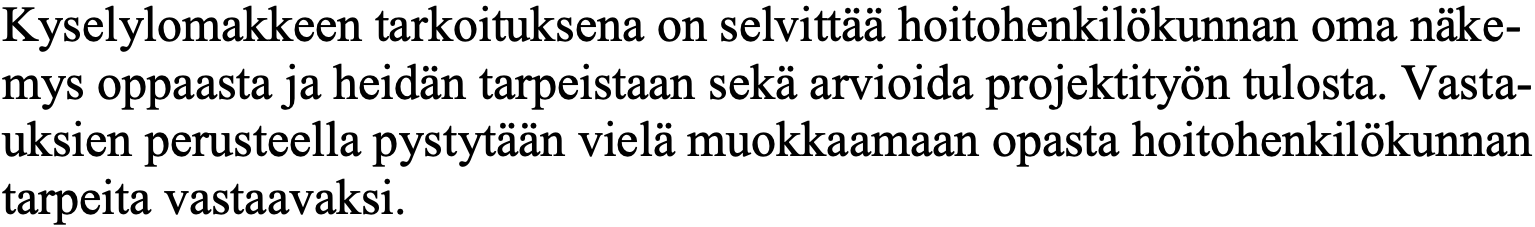
Kyselylomakkeen tarkoituksena on selvittää hoitohenkilökunnan oma näke- mys oppaasta ja heidän tarpeistaan sekä arvioida projektityön tulosta. Vasta- uksien perusteella pystytään vielä muokkaamaan opasta hoitohenkilökunnan tarpeita vastaavaksi.